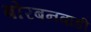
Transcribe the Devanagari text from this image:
बोरबनवाडी